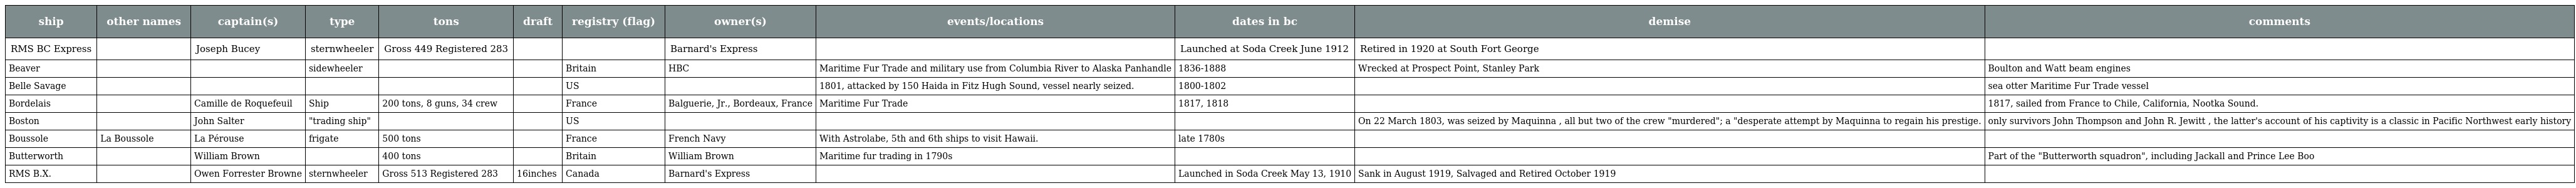
| ship | other names | captain(s) | type | tons | draft | registry (flag) | owner(s) | events/locations | dates in bc | demise | comments |
 | --- | --- | --- | --- | --- | --- | --- | --- | --- | --- | --- | --- |
 | RMS BC Express |  | Joseph Bucey | sternwheeler | Gross 449 Registered 283 |  |  | Barnard's Express |  | Launched at Soda Creek June 1912 | Retired in 1920 at South Fort George |  |
 | Beaver |  |  | sidewheeler |  |  | Britain | HBC | Maritime Fur Trade and military use from Columbia River to Alaska Panhandle | 1836-1888 | Wrecked at Prospect Point, Stanley Park | Boulton and Watt beam engines |
 | Belle Savage |  |  |  |  |  | US |  | 1801, attacked by 150 Haida in Fitz Hugh Sound, vessel nearly seized. | 1800-1802 |  | sea otter Maritime Fur Trade vessel |
 | Bordelais |  | Camille de Roquefeuil | Ship | 200 tons, 8 guns, 34 crew |  | France | Balguerie, Jr., Bordeaux, France | Maritime Fur Trade | 1817, 1818 |  | 1817, sailed from France to Chile, California, Nootka Sound. |
 | Boston |  | John Salter | "trading ship" |  |  | US |  |  |  | On 22 March 1803, was seized by Maquinna , all but two of the crew "murdered"; a "desperate attempt by Maquinna to regain his prestige. | only survivors John Thompson and John R. Jewitt , the latter's account of his captivity is a classic in Pacific Northwest early history |
 | Boussole | La Boussole | La Pérouse | frigate | 500 tons |  | France | French Navy | With Astrolabe, 5th and 6th ships to visit Hawaii. | late 1780s |  |  |
 | Butterworth |  | William Brown |  | 400 tons |  | Britain | William Brown | Maritime fur trading in 1790s |  |  | Part of the "Butterworth squadron", including Jackall and Prince Lee Boo |
 | RMS B.X. |  | Owen Forrester Browne | sternwheeler | Gross 513 Registered 283 | 16inches | Canada | Barnard's Express |  | Launched in Soda Creek May 13, 1910 | Sank in August 1919, Salvaged and Retired October 1919 |  |